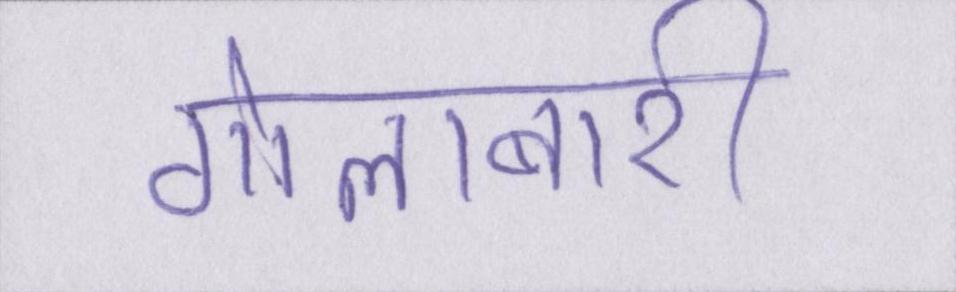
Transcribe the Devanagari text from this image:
गोलाबारी